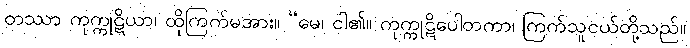
တဿာ ကုက္ကုဋိယာ၊ ထိုကြက်မအား။ “မေ၊ ငါ၏။ ကုက္ကုဋိပေါတကာ၊ ကြက်သူငယ်တို့သည်။